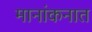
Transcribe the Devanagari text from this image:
मानांकनात